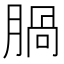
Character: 腡